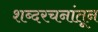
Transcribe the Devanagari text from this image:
शब्दरचनांतून